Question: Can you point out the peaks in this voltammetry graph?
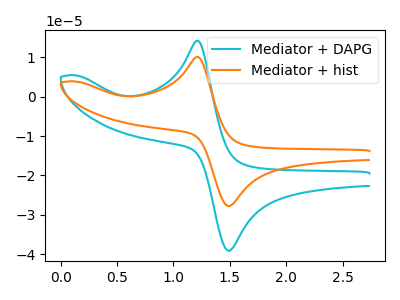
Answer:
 <answer>The cyan curve "Mediator + DAPG" has an anodic peak at (1.20V, 14.15uA) and a cathodic peak at (1.50V, -39.05uA). The orange curve "Mediator + hist" has an anodic peak at (1.20V, 10.05uA) and a cathodic peak at (1.50V, -27.75uA).</answer>
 <eval></eval>